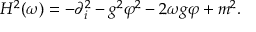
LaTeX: H ^ { 2 } ( \omega ) = - \partial _ { i } ^ { 2 } - g ^ { 2 } \varphi ^ { 2 } - 2 \omega g \varphi + m ^ { 2 } .